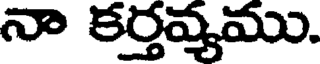
నా కర్తవ్యము.